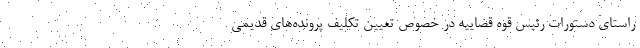
راستای دستورات رئیس قوه قضاییه در خصوص تعیین تکلیف پرونده‌های قدیمی